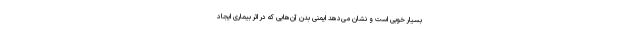
بسیار خوبی است و نشان می‌دهد ایمنی بدن آن‌هایی که در اثر بیماری ایجاد